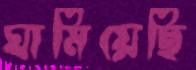
ঘামিয়েছি